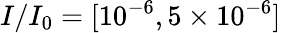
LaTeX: I/I_{0}=[10^{-6},5\times 10^{-6}]